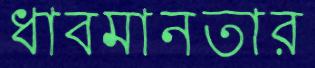
ধাবমানতার